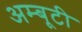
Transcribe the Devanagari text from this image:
अम्बूटी